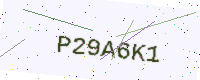
Text: P29A6K1